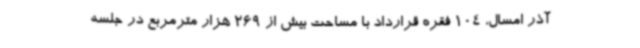
آذر امسال، 104 فقره قرارداد با مساحت بیش از 269 هزار مترمربع در جلسه